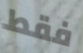
فقط